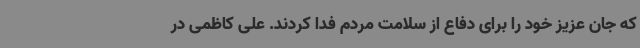
که جان عزیز خود را برای دفاع از سلامت مردم فدا کردند. علی کاظمی در